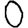
Digit: 0